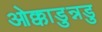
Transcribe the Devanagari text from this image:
ओक्काडुन्नडु